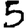
Digit: 5